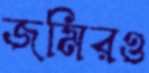
জমিরও